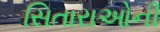
સિતારાઓની